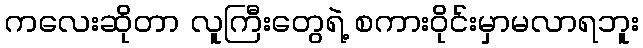
ကလေးဆိုတာ လူကြီးတွေရဲ့ စကားဝိုင်းမှာမလာရဘူး